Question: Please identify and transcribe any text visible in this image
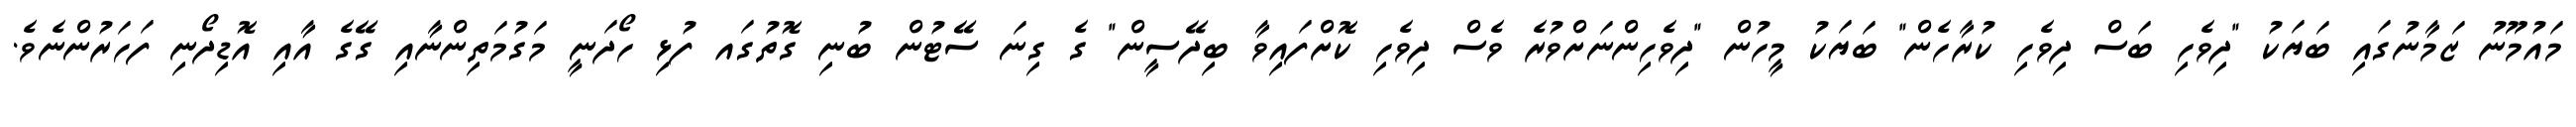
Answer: މައުމޫނު ޒަމާނުގައި ބަޔަކު "ދިވެހި ބަސް ދިވެހި ކުރާހެން" ބަޔަކު މީހުން "ދިވެހިންނަށްވުރެ ވެސް ދިވެހި ކޮށްފައިވާ ބިދޭސީން" ގެ ގިނަ ސޭޓުން ބުނި ގޮތުގައ ފުޅި ހޯދަނީ މަގުމަތިންނާއި ގޭގެ އާއި އޮޑިދޯނި ފަހަރުންނެވެ.